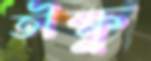
তীক্ষ্ণ